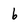
Character: b